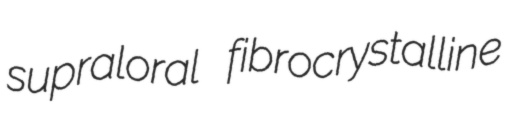
supraloral fibrocrystalline